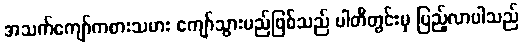
အသက်ကျော်ကစားသမား ကျော်သွားမည်ဖြစ်သည် ပါတီတွင်းမှ ပြည့်လာပါသည်